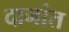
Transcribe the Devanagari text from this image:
दानांत